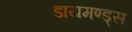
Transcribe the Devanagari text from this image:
डायमण्ड्स